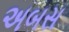
અબસ